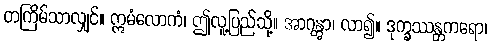
တကြိမ်သာလျှင်။ ဣမံလောကံ၊ ဤလူ့ပြည်သို့။ အာဂန္တွာ၊ လာ၍။ ဒုက္ခဿန္တကရော၊